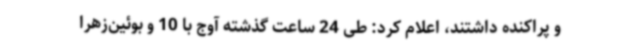
و پراکنده داشتند، اعلام کرد: طی 24 ساعت گذشته آوج با 10 و بوئین‌زهرا